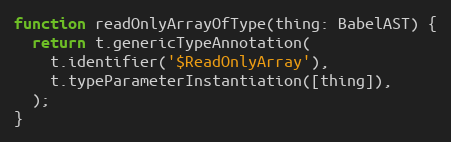
Language: JavaScript
function readOnlyArrayOfType(thing: BabelAST) {
  return t.genericTypeAnnotation(
    t.identifier('$ReadOnlyArray'),
    t.typeParameterInstantiation([thing]),
  );
}